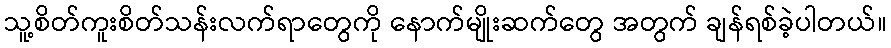
သူ့စိတ်ကူးစိတ်သန်းလက်ရာတွေကို နောက်မျိုးဆက်တွေ အတွက် ချန်ရစ်ခဲ့ပါတယ်။